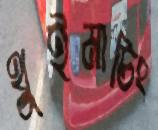
থুইমাচিং